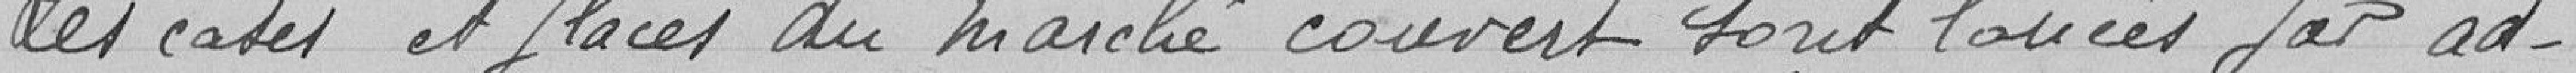
Les cases et places du marché couvert sont louées par ad-